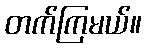
တက်ကြမယ်။